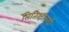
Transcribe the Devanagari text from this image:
तितिक्षावादी